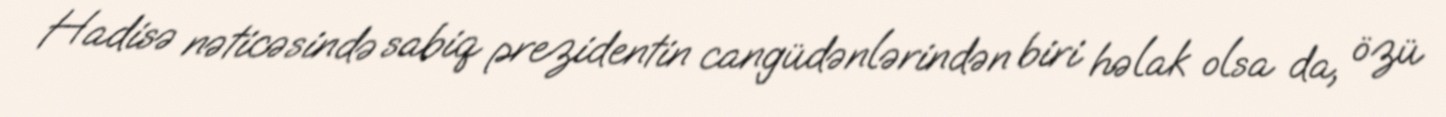
Hadisə nəticəsində sabiq prezidentin cangüdənlərindən biri həlak olsa da, özü